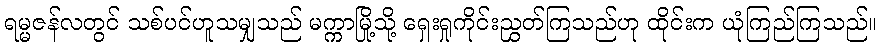
ရမ္မဇန်လတွင် သစ်ပင်ဟူသမျှသည် မက္ကာမြို့သို့ ရှေးရှုကိုင်းညွှတ်ကြသည်ဟု ထိုင်းက ယုံကြည်ကြသည်။